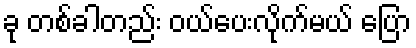
ခု တစ်ခါတည်း ဝယ်ပေးလိုက်မယ် ပြော